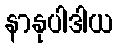
နာနုပါဒါယ